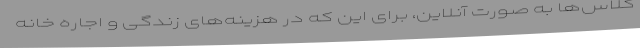
کلاس‌ها به صورت آنلاین، برای این که در هزینه‌های زندگی و اجاره خانه